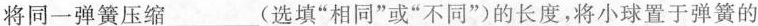
将同一弹簧压缩 ___ (选填”相同”或”不同”的长度，将小球置于弹簧的